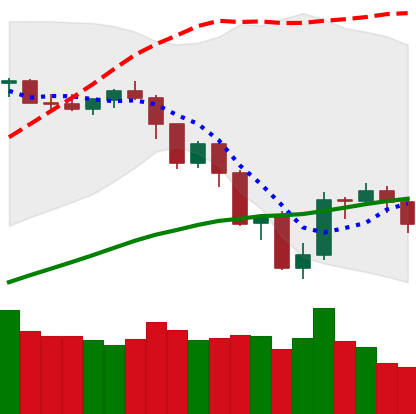
Ticker: NEO-USD
Chart end date: 2019-07-22
Forward return: -6.157%
Label: down_5_7